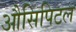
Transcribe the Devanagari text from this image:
औसिपिटल